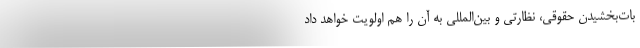
بات‌بخشیدن حقوقی، نظارتی و بین‌المللی به آن را هم اولویت خواهد داد